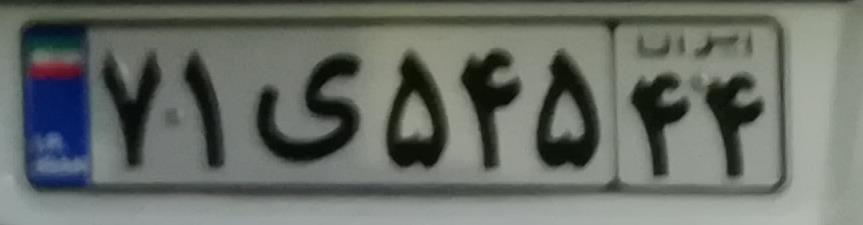
۷۱ی۵۴۵۴۴